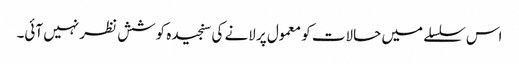
اس سلسلے میں حالات کو معمول پر لانے کی سنجیدہ کوشش نظر نہیں آئی۔